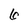
Character: 6